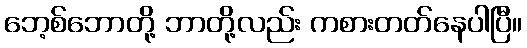
ဘေ့စ်ဘောတို့ ဘာတို့လည်း ကစားတတ်နေပါပြီ။